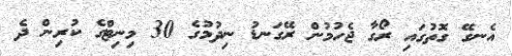
އެނގޭ ގޮތުގައި ރޯގާ ޖެހުމުން ރޭގަނޑު ނިދުމުގެ 30 މިނިޓްގެ ކުރިން ދެ